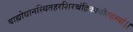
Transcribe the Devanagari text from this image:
बाह्योद्यानस्थितहरशिरश्चंद्रिकाधौतहर्म्या।।